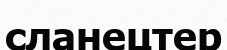
сланецтер